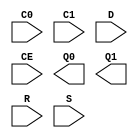
module ddr_ff_in
  (
   input  C0,   // clock
   input  C1,   // clock
   input  D,    // data input
   input  CE,   // clock enable
   output Q0,   // data output
   output Q1,   // data output
   input  R,    // reset
   input  S     // set
   );

`ifdef XILINX
   IDDR2 #(
     .DDR_ALIGNMENT("NONE"),
     .INIT_Q0(1'b0),
     .INIT_Q1(1'b0), 
     .SRTYPE("SYNC"))
   IDDR2_inst (
     .Q0(Q0),
     .Q1(Q1),
     .C0(C0),
     .C1(C1),
     .CE(CE),
     .D(D),
     .R(R),
     .S(S)
   );
`endif   // XILINX

`ifdef ALTERA
   altddio_in #(
     .WIDTH(1),
     .POWER_UP_HIGH("OFF"),
     .INTENDED_DEVICE_FAMILY("Stratix III"))
   altddio_in_inst (
     .aset(),
     .datain(D),
     .inclocken(CE),
     .inclock(C0),
     .aclr(R),
     .dataout_h(Q0),
     .dataout_l(Q1)
   );
`endif   // ALTERA

`ifdef GENERIC_PRIMITIVES
   reg Q0_i, Q1_i;
   always @ (posedge R or posedge C0)
     if (R)
       Q0_i <= 1'b0;
     else
       Q0_i <= D;

   assign Q0 = Q0_i;

   always @ (posedge R or posedge C1)
     if (R)
       Q1_i <= 1'b0;
     else
       Q1_i <= D;

   assign Q1 = Q1_i;
`endif   // GENERIC_PRIMITIVES

endmodule